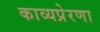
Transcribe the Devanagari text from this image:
काव्यप्रेरणा